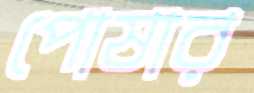
পোষার